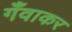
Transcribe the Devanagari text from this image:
गँवाकर